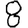
Digit: 8